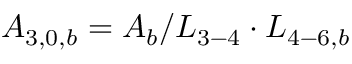
{ A _ { 3 , 0 , b } } = { A _ { b } } / { L _ { 3 - 4 } } \cdot { L _ { 4 - 6 , b } }